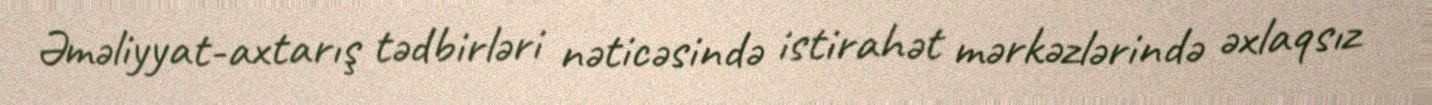
Əməliyyat-axtarış tədbirləri nəticəsində istirahət mərkəzlərində əxlaqsız